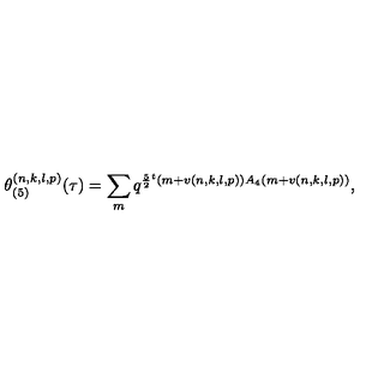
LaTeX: \theta _ { ( 5 ) } ^ { ( n , k , l , p ) } ( \tau ) = \sum _ { m } q ^ { \frac { 5 } { 2 } { } ^ { t } ( m + v ( n , k , l , p ) ) A _ { 4 } ( m + v ( n , k , l , p ) ) } ,